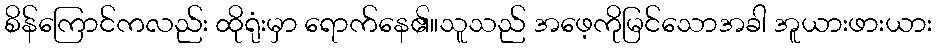
စိန်ကြောင်ကလည်း ထိုရုံးမှာ ရောက်နေ၏။သူသည် အဖေ့ကိုမြင်သောအခါ အူယားဖားယား